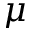
\mu